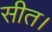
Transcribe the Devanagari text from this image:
सीत।